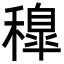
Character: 𥢐